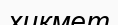
хикмет